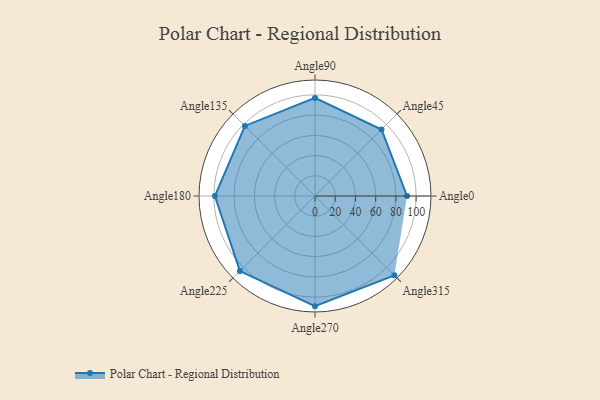
{"axis": {"x": "Angle", "y": "Radius"}, "legend": [""], "data": [{"x": "Angle0", "y": 91.0, "type": ""}, {"x": "Angle45", "y": 93.0, "type": ""}, {"x": "Angle90", "y": 97.0, "type": ""}, {"x": "Angle135", "y": 98.0, "type": ""}, {"x": "Angle180", "y": 99.0, "type": ""}, {"x": "Angle225", "y": 105.0, "type": ""}, {"x": "Angle270", "y": 109.0, "type": ""}, {"x": "Angle315", "y": 111.0, "type": ""}]}